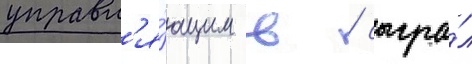
управл'я́ющим в / сыгра́л